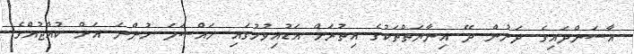
އާސަންދައިގެ ދަށުން ދޭ އިނާޔަތްތަކުގެ އިތުރަށް އަޑުއިވުމުގައި މައްސަލަ ހުންނަ އަށް ކުއްޖުއްގެ